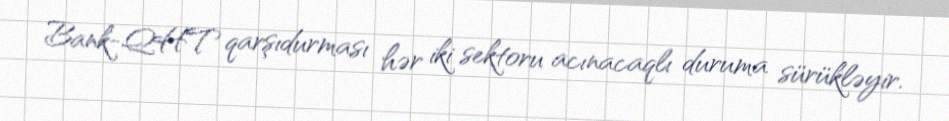
Bank-QHT qarşıdurması hər iki sektoru acınacaqlı duruma sürükləyir.